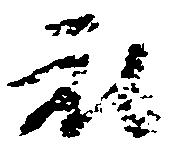
乱